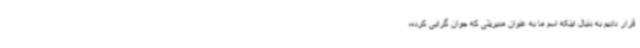
قرار دادیم به دنبال اینکه اسم ما به عنوان مدیریتی که جوان گرایی کرده،